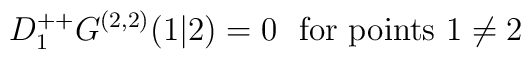
D^{++}_1 G^{(2,2)} (1\vert 2) = 0 \ \ \mbox{for points $1\neq 2$}